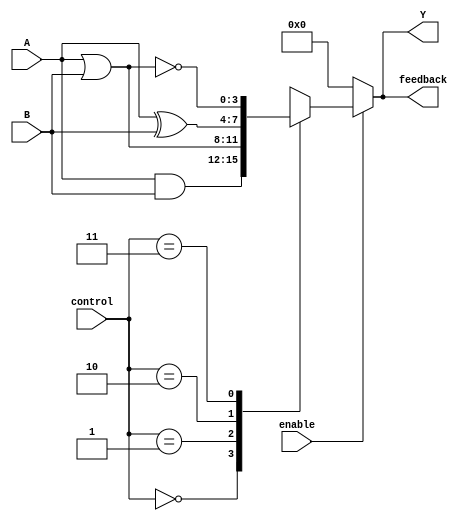
module CLB (
    input wire [3:0] A,        // 4-bit input signal
    input wire [3:0] B,        // 4-bit input signal
    input wire [1:0] control,   // Control signals for function selection
    input wire enable,         // Enable signal for the CLB
    output reg [3:0] Y,        // 4-bit output signal
    output reg [3:0] feedback   // Feedback path for complex logic
);

// Internal wires for LUT outputs
wire [3:0] lut_out;

// Look-Up Table (LUT) implementation
always @(*) begin
    if (enable) begin
        case (control)
            2'b00: lut_out = A & B;                // AND function
            2'b01: lut_out = A | B;                // OR function
            2'b10: lut_out = A ^ B;                // XOR function
            2'b11: lut_out = ~(A | B);             // NOR function
            default: lut_out = 4'b0000;            // Default case
        endcase
    end else begin
        lut_out = 4'b0000;                        // Output is zero when disabled
    end
end

// Output assignment
always @(*) begin
    Y = lut_out;                                // Assign LUT output to Y
    feedback = Y;                               // Feedback path
end

endmodule